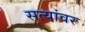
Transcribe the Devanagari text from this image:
सत्यांवर